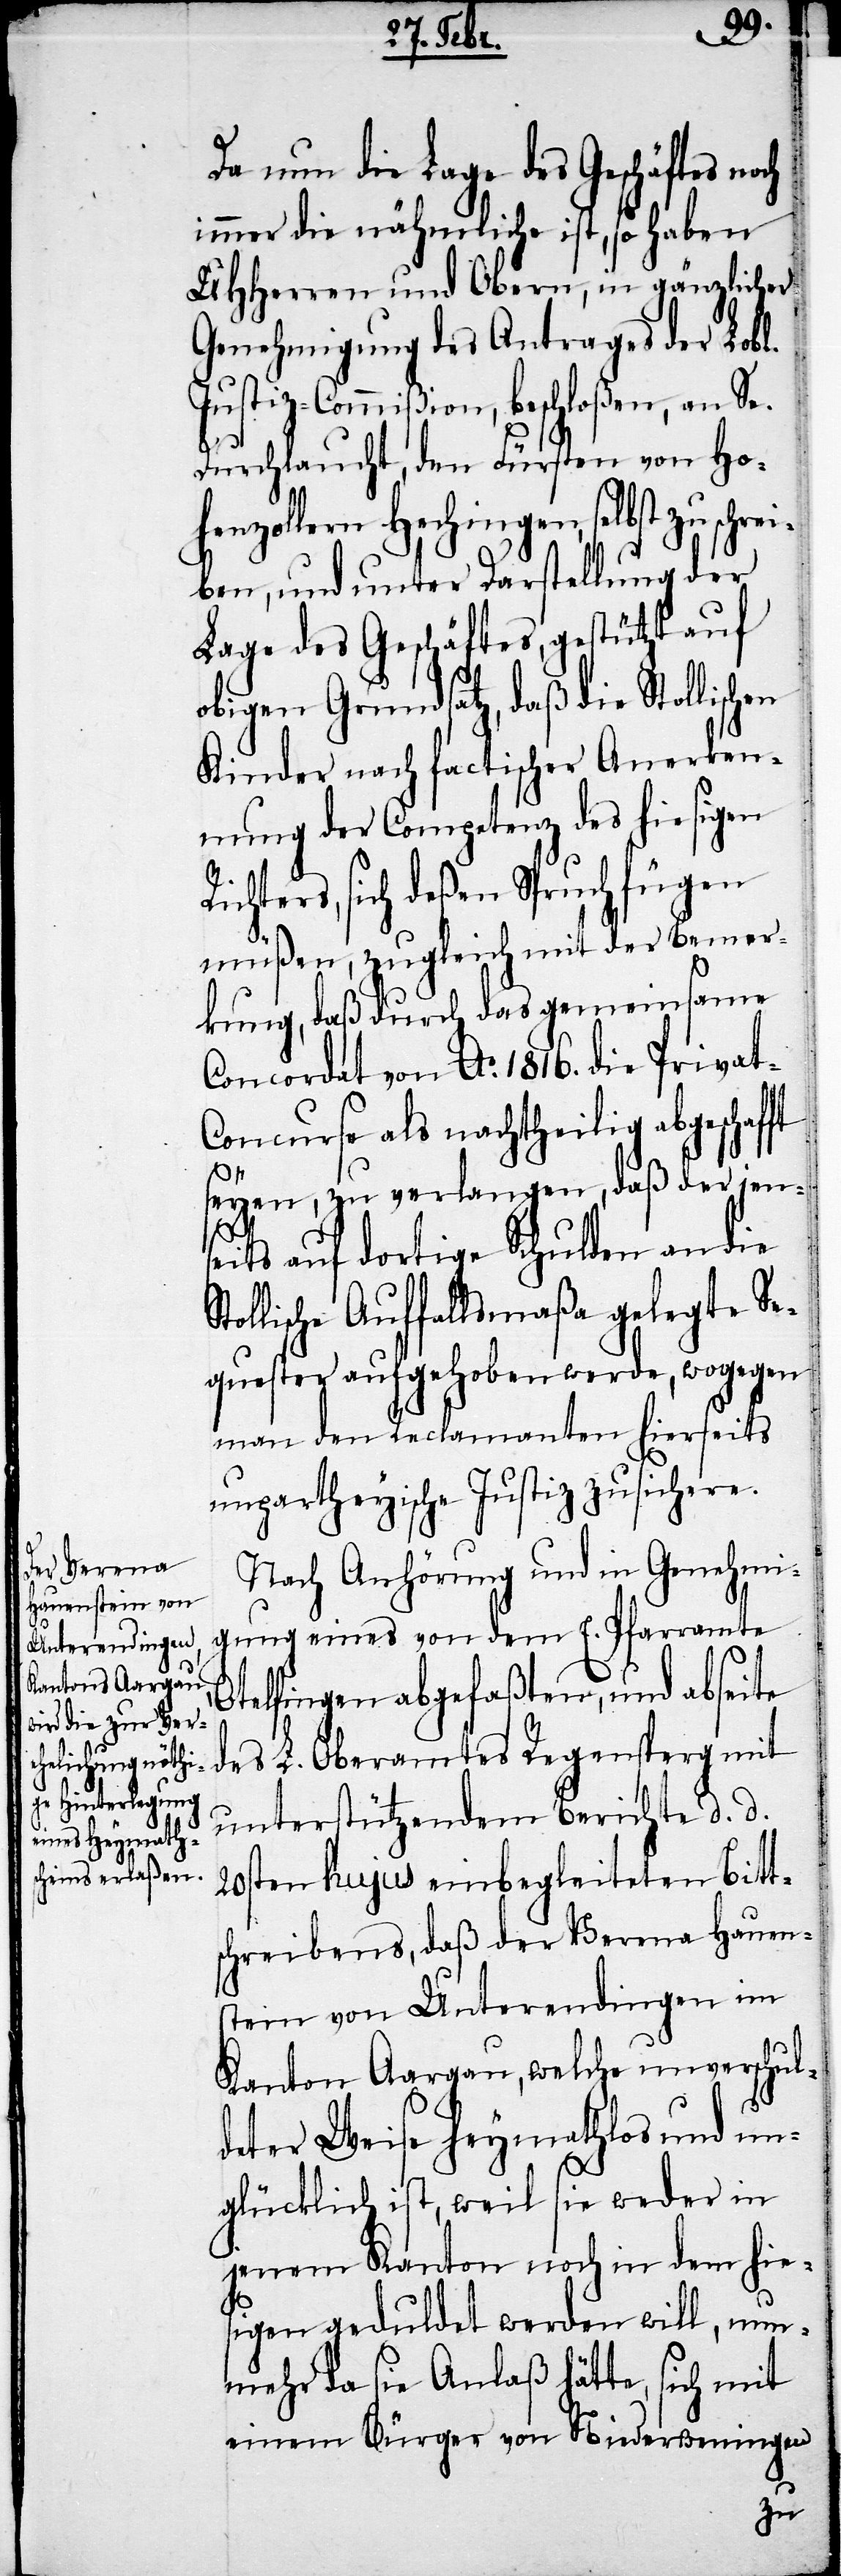
Da nun die Lage des Geschäftes noch
immer die nähmliche ist, so haben
UHHerren und Obern, in gänzlicher
Genehmigung des Antrages der Lobl.
Jusitiz-Commißion, beschloßen, an Se.
Durchlaucht, den Fürsten von Ho¬
ngen, selbst zu schre¬
iben, und unter Darstellung der
Lage des Geschäftes, gestützt auf
obigen Grundsatz, daß die Stollischen
Kinder nach factischer Anerken¬
nung der Competenz des hiesigen
Richters, sich deßen Spruch fügen
müßen, zugleich mit der Bemer¬
kung, daß durch das gemeinsame
Concordat von Ao. 1816. die Privat-C¬
oncurse als nachtheilig abgeschaf¬
St¬
seyen, zu verlangen, daß der jens¬
eits auf dortige Schulden an die
ollische Auffallsmaßa gelegte Se¬
quester aufgehoben werde, wogegen
man den Reclamanten hierseits
unpartheyische Justiz zusichere.
Nach Anhörung und in Genehmi¬
gung eines von dem E. Pfarramte
Otelfingen abgefaßten, und abseite
des L. Oberamtes Regensperg mit
unterstützendem Berichte d. d.
20sten hujus einbegleiteten Bitt¬
schreibens, daß der Verena Hauen¬
stein von Unterendingen im
Kanton Aargau, welche unverschul¬
deter Weise heymathlos und un¬
glücklich ist, weil sie weder in
jenem Kanton noch in dem hie¬
sigen geduldet werden will, nun¬
mehr da sie Anlaß hätte, sich mit
einem Bürger von Niederweningen